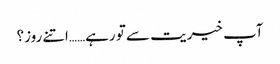
آپ خیریت سے تو رہے……اتنے روز؟